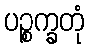
ပဉ္စက္ခတုံ